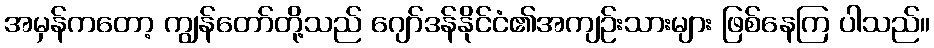
အမှန်ကတော့ ကျွန်တော်တို့သည် ဂျော်ဒန်နိုင်ငံ၏အကျဉ်းသားများ ဖြစ်နေကြ ပါသည်။